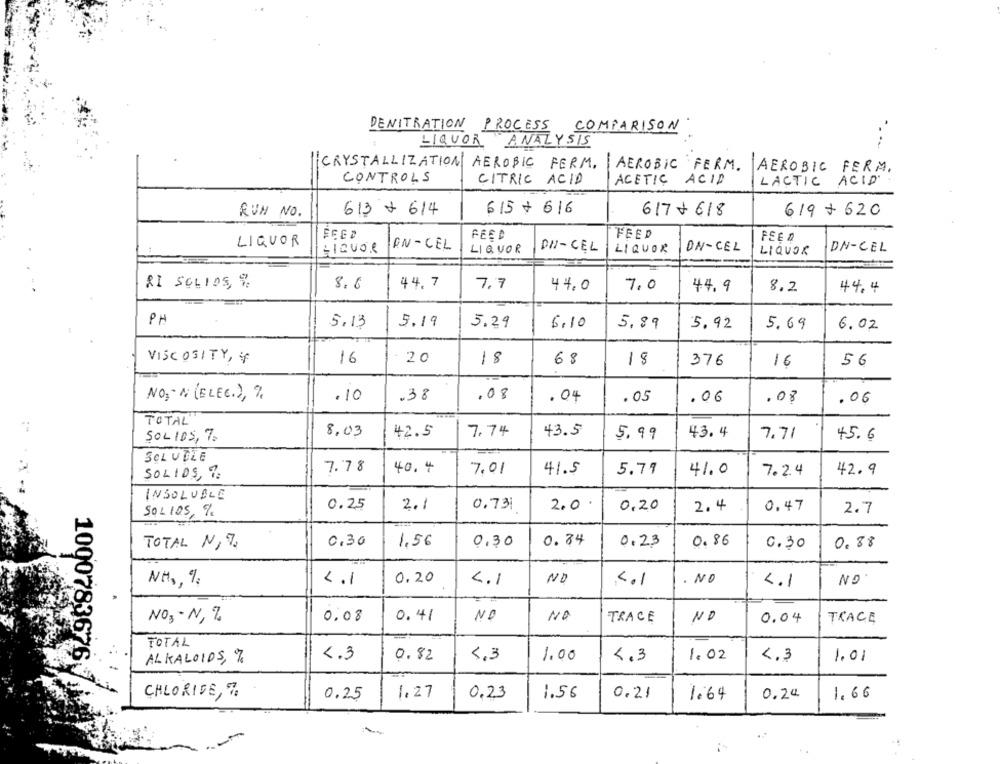
DENITRATION PROCESS COMPARISON
..
LIQUOR ANALYSIS
CRYSTALLIZATION AEROBIC FERM, AEROBIC FERM. AEROBIC FERM.
CONTROLS
CITRIC ACID
ACETIC ACID
LACTIC ACID
RUN NO.
613 + 614
615 + 616
617 + 618
619 + 620
EGED
FEED
FEED
FEED
LIQUOR
HOVOR
AN-CEL
LIQUOR
DI-CEL
LIQUOR
ON-CEL
LIQUOR
DN-CEL
RI SOLIDS, %.
8.6
44.7
7.7
44.0
7.0
44.9
8.2
44.4
PH
5.19
5.13
5.29
6.10
5.89
5.92
5.69
6.02
VISCOSITY,4
16
2 0
18
68
18
376
16
56
NON (ELEC.),%
.10
.38
.08
.04
.05
.06
.08
.06
TOTAL "
8.03
42.5
7.74
43.5
5. 99
43.4
7.71
45.6
SOLIDS, 7
SQLVELE
7.78
40.4
7.01
41.5
5.79
41.0
7.2.4
42.9
SOLIDS, 7
INSOLUBLE
0.25
SOL 105 %.
2.1
0.731
2.0
0,20
2.4
0.47
2.7
0,30
1,56
0,30
0.84
0.86
TOTAL N,7.
0.23
0.30
0,88
4.1
0,20
NO
. NO
NO.
NH2, 9
4.1
4.1
4.1
NO3 - N1 %
0:08
0.41
NO
TRACE
NO
0.04
TRACE
TOTAL
4.3
0.82
4.3
1.00
4.3
1.02
4.3
1.01
ALKALOIDS, %
1000783676 7
CHLORIDE, %
0.25
1.27
0.23
1.56
0.21
1.64
0.24
1,66